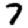
Digit: 7